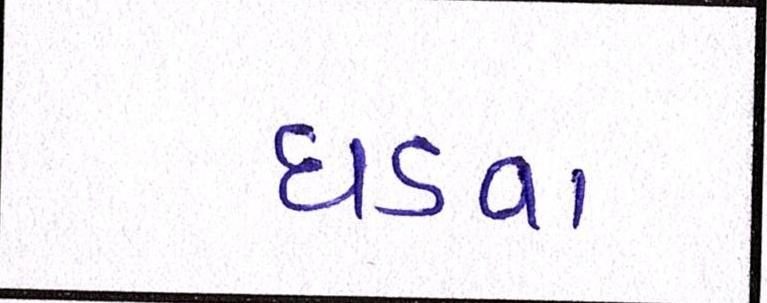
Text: ઘડવા